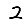
Digit: 2